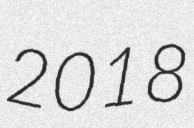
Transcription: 2018